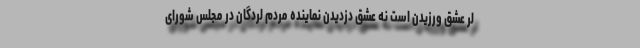
لُر عشق ورزیدن است نه عشق دزدیدن نماینده مردم لردگان در مجلس شورای